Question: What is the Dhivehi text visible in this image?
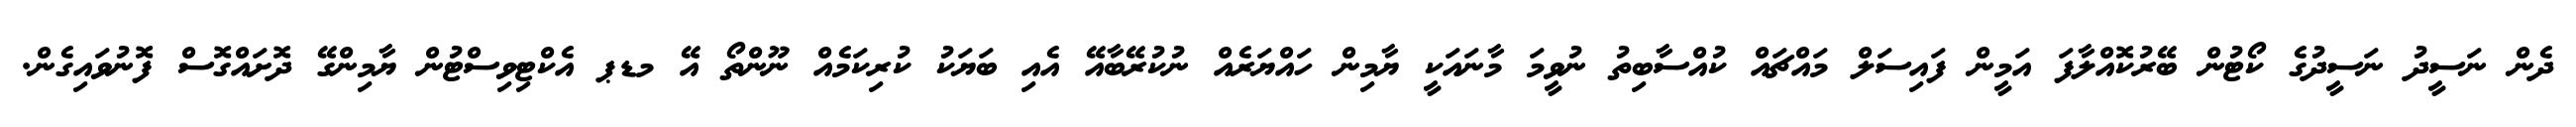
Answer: ދެން ނަސީދު ނަސީދުގެ ކޯޓުން ބޭރުކޮއްލާފަ އަމީން ފައިސަލް މައްޗައް ކުއްސާބިތު ނުވީމަ މާނައަކީ ޔާމިން ހައްޔަރެއް ނުކުރޭބާއޭ އެއި ބަޔަކު ކުރިކަމެއް ނޫންތޯ އޭ މޑޕ އެކްޓިވިސްޓުން ޔާމިންގޭ ދޮށައްގޮސް ފޮނުވައިގެން.